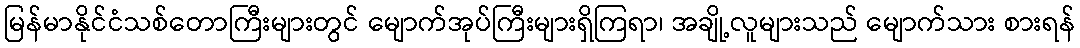
မြန်မာနိုင်ငံသစ်တောကြီးများတွင် မျောက်အုပ်ကြီးများရှိကြရာ၊ အချို့လူများသည် မျောက်သား စားရန်